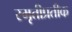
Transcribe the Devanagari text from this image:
स्मृतीप्रतीक